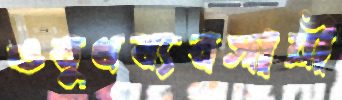
ওষুধব্যবসায়ী